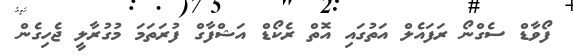
ފޯވާޑް ސެގްނޯ ރަފައެލް އަތުގައި އޮތް ރެކޯޑް އަޝްފާގް ފުރަތަމަ މުގުރާލީ ޖެހިގެން